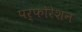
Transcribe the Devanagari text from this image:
पर्फोरेशन